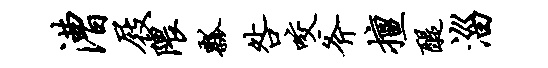
漕屐隈瓢咎咬斧擅醍淄